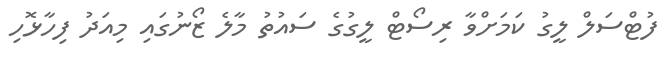
ފުޓްސަލް ލީގު ކަމަށްވާ ރިސޯޓް ލީގުގެ ސައުތު މާލެ ޒޯނުގައި މިއަދު ފިހާޅޮހި